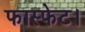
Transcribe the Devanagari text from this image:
फास्फेट।